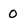
Character: 0